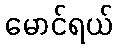
မောင်ရယ်